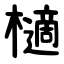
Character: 㰅